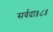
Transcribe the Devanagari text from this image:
सर्वदा॥८॥